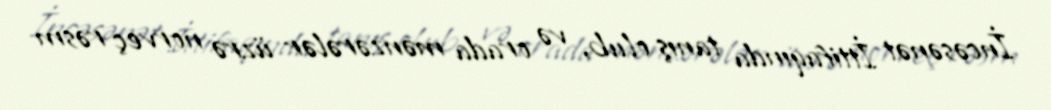
İncəsənət İttifaqında tanış olub, və orada mənzərələr üzrə norveç rəsm